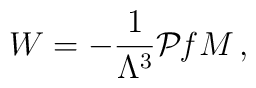
W=-\frac{1}{\Lambda^3}{\cal P}{\it f} M \, ,